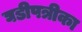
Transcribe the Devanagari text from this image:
घडीपत्रीका